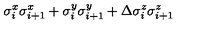
\sigma _ { i } ^ { x } \sigma _ { i + 1 } ^ { x } + \sigma _ { i } ^ { y } \sigma _ { i + 1 } ^ { y } + \Delta \sigma _ { i } ^ { z } \sigma _ { i + 1 } ^ { z }